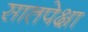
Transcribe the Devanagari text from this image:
सातपेक्षा